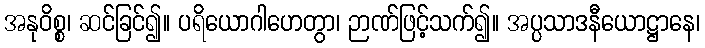
အနုဝိစ္စ၊ ဆင်ခြင်၍။ ပရိယောဂါဟေတွာ၊ ဉာဏ်ဖြင့်သက်၍။ အပ္ပသာဒနီယောဋ္ဌာနေ၊